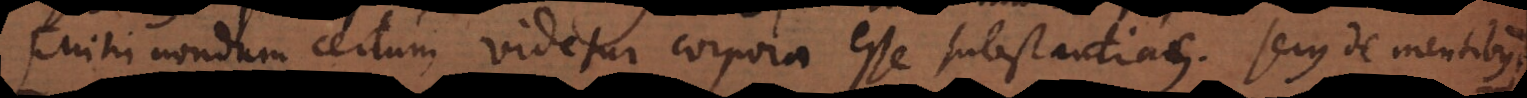
(Mihi nondum certum videtur corpora esse substantias. Secus de mentibus.)